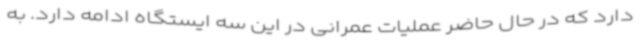
دارد که در حال حاضر عملیات عمرانی در این سه ایستگاه ادامه دارد. به